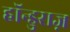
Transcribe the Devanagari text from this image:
हॉन्डुराज़